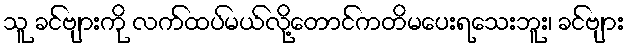
သူ ခင်ဗျားကို လက်ထပ်မယ်လို့တောင်ကတိမပေးရသေးဘူး၊ ခင်ဗျား